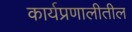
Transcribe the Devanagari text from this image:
कार्यप्रणालीतील